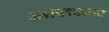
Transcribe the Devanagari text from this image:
असवश्यकता